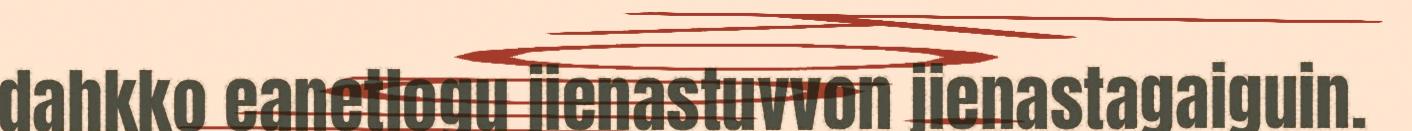
dahkko eanetlogu jienastuvvon jienastagaiguin.